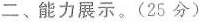
二、能力展示。(25分)